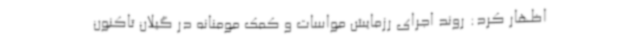
اظهار کرد: روند اجرای رزمایش مواسات و کمک مومنانه در گیلان تاکنون